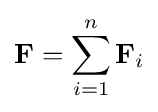
\mathbf {F} =\sum _{i=1}^{n}\mathbf {F} _{i}